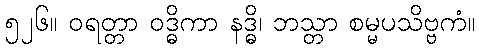
၅၂၆။ ဝရတ္တာ ဝဒ္ဓိကာ နဒ္ဓိ၊ ဘသ္တာ စမ္မပသိဗ္ဗကံ။